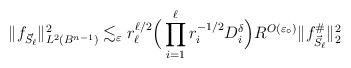
LaTeX: \begin{align*} \|f_{\vec{S}_{\ell}}\|_{L^2(B^{n-1})}^2 \lesssim_{\varepsilon} r_{\ell}^{\ell/2}\Big(\prod_{i = 1}^{\ell}r_i^{-1/2}D_i^{\delta} \Big) R^{O(\varepsilon_{\circ})}\|f_{\vec{S}_{\ell}}^{\#}\|_{2}^2\end{align*}